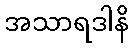
အသာရဒါနိ